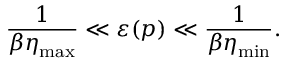
\frac { 1 } { \beta \eta _ { \mathrm { m a x } } } \ll \varepsilon ( \boldsymbol { p } ) \ll \frac { 1 } { \beta \eta _ { \mathrm { m i n } } } .